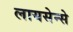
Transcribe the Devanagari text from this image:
लायसेन्से